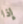
إذا